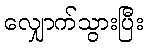
လျှောက်သွားပြီး